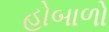
હોબાળો